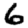
Digit: 6